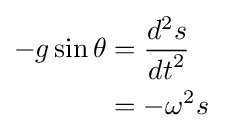
{\begin{aligned}-g\sin \theta &={\frac {d^{2}s}{{dt}^{2}}}\\&=-\omega ^{2}s\,\end{aligned}}